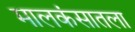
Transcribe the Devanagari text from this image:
मालकंसातला